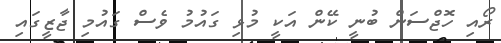
ރޯއި ހޮޖްސަން ބުނީ ކޭން އަކީ މުޅި ގައުމު ވެސް ގައުމި ޖާޒީގައި